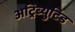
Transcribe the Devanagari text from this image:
अट्रिब्युटिड